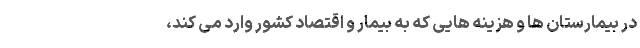
در بیمارستان ها و هزینه هایی که به بیمار و اقتصاد کشور وارد می کند،